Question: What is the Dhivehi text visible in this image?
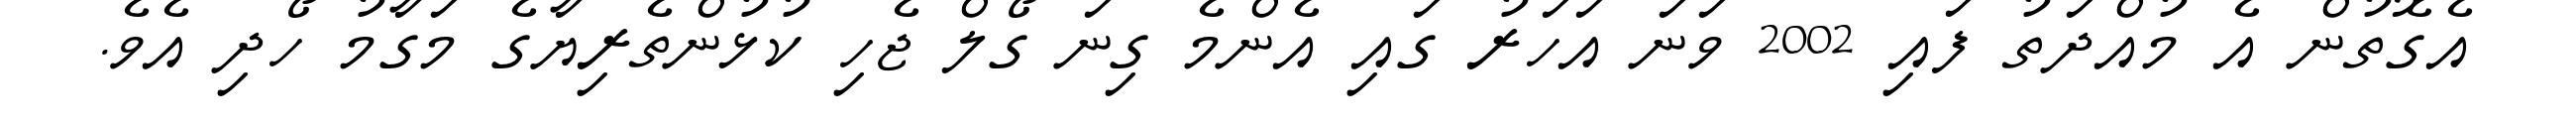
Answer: އެގޮތުން އެ މުއްދަތު ފައި 2002 ވަނަ އަހަރު ގައި އެންމެ ގިނަ ގޯލް ޖެހި ކުޅުންތެރިޔާގެ މަގާމު ހޯދި އެވެ.